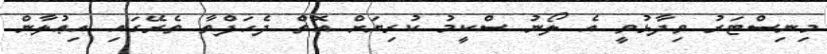
މިނިސްޓަރު ވިދާޅުވީ އެ ލޯނު ސްކީމު ކުރިޔަށް އޮތް ދެހަފްތާ ތެރޭގައި އިޢުލާން